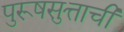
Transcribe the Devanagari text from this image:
पुरूषसुत्ताची